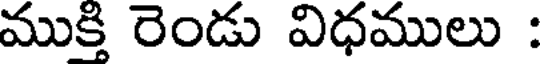
ముక్తి రెండు విధములు :